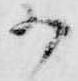
か